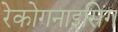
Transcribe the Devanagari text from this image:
रेकोगनाइसिंग